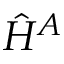
\hat { H } ^ { A }